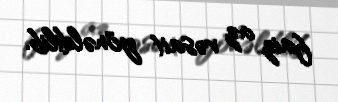
faiz az vəsait yönəldilib.